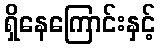
ရှိနေကြောင်းနှင့်